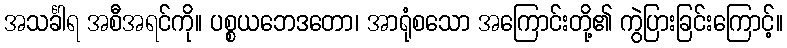
အသင်္ခါရ အစီအရင်ကို။ ပစ္စယဘေဒတော၊ အာရုံစသော အကြောင်းတို့၏ ကွဲပြားခြင်းကြောင့်။